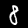
Label: 8